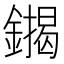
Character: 䥟